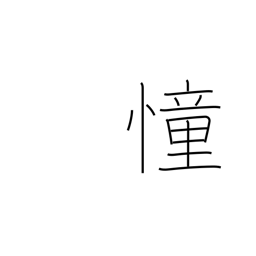
Meaning: yearn after